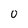
Character: 0